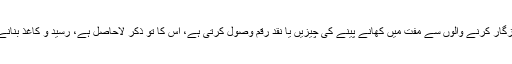
جن مقامات پر پولس سرِ عام گنڈہ گردی کرتی اور ہفتہ وصول کرتی پھرتی ہے اور معمولی روزگار کرنے والوں سے مفت میں کھانے پینے کی چیزیں یا نقد رقم وصول کرتی ہے، اس کا تو ذکر لاحاصل ہے، رسید و کاغذ بنانے میں کس کس طرح سے چھلر جمع کیا جاتا ہے اس وقت صرف اس پر روشنی ڈالنا مقصود تھا۔